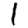
Digit: 1